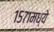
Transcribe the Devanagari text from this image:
१५७१मध्ये